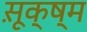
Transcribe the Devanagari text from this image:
सू़क्ष्म